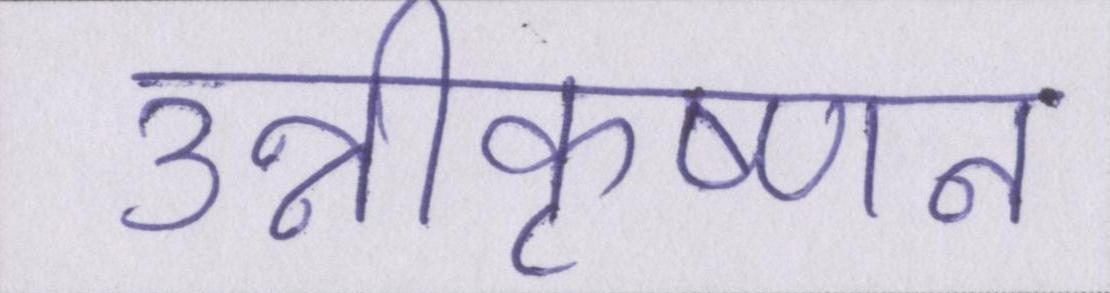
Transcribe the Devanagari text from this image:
उन्नीकृष्णन